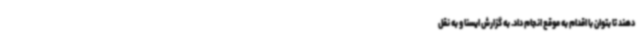
دهند تا بتوان با اقدام به موقع انجام داد. به گزارش ایسنا و به نقل